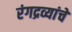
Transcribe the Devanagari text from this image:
रंगद्रव्यांचे